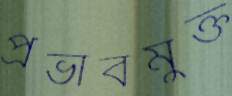
প্রভাবমুক্ত